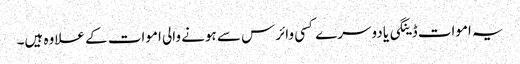
یہ اموات ڈینگی یا دوسرے کسی وائرس سے ہونے والی اموات کے علاوہ ہیں۔